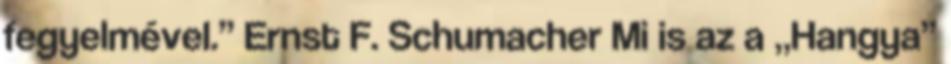
fegyelmével.” Ernst F. Schumacher Mi is az a „Hangya”